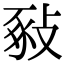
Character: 𢽚